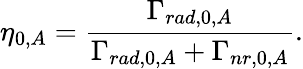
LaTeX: \eta_{0,A}=\frac{\Gamma_{rad,0,A}}{\Gamma_{rad,0,A}+\Gamma_{nr,0,A}}.